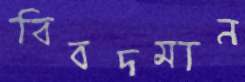
বিবদমান